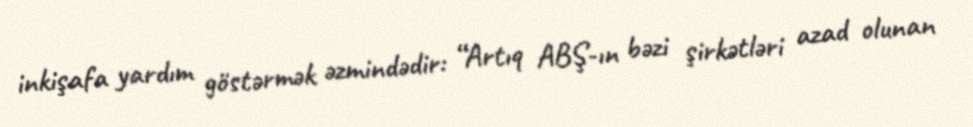
inkişafa yardım göstərmək əzmindədir: “Artıq ABŞ-ın bəzi şirkətləri azad olunan